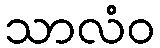
သာလံဝ